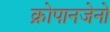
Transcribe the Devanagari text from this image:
क्रोपानजेनो